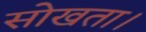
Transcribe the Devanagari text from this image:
सोखता।